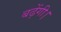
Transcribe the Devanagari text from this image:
बढ़ेंगी।